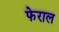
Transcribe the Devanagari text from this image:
फेराल